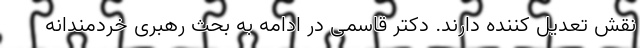
نقش تعدیل کننده دارند. دکتر قاسمی در ادامه به بحث رهبری خردمندانه